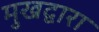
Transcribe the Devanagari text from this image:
मुखद्वारा